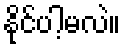
နိုင်ပါ့မလဲ။